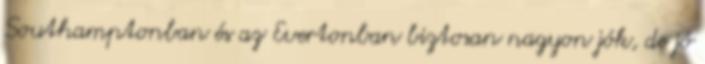
Southamptonban és az Evertonban biztosan nagyon jók, de jó